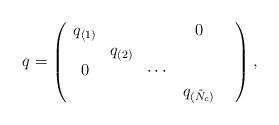
LaTeX: \begin{align*}q=\left( \begin{array}{ccccc}q_{(1)} & & & 0 & \\ & q_{(2)} & & & \\ 0 & & \cdots & & \\ & & & q_{(\tilde N_c)} & \end{array}\right),\end{align*}